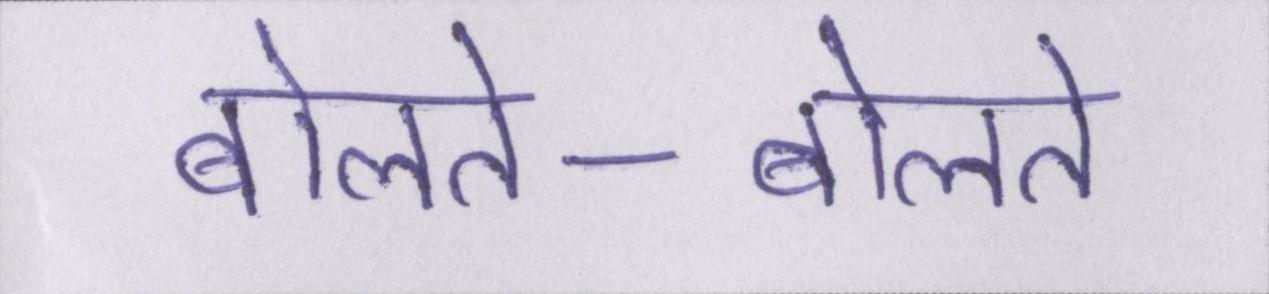
बोलते-बोलते